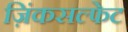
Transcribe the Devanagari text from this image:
ज़िंकसल्फेट